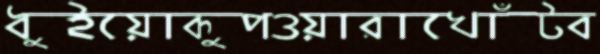
ধুইয়োকুপওয়ারাখোঁটব